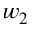
w _ { 2 }